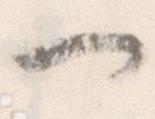
つ